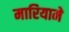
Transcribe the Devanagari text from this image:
मारियामे